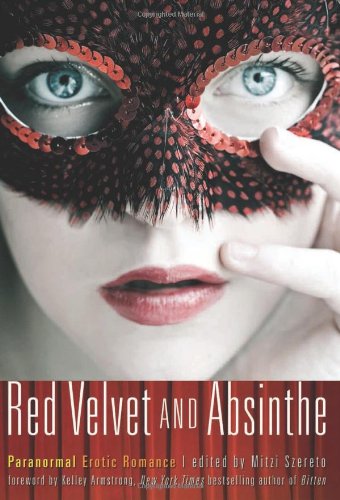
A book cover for Red Velvet and Absinthe: Paranormal Erotic Romance; Romance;